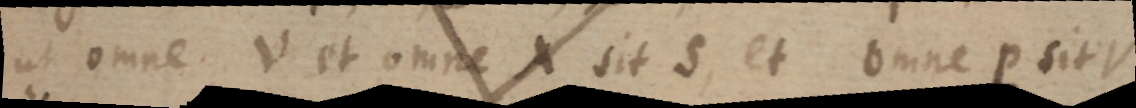
ut omne. V et omne X sit S, et omne p sit V